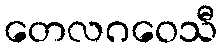
တေလဂဝေသီ